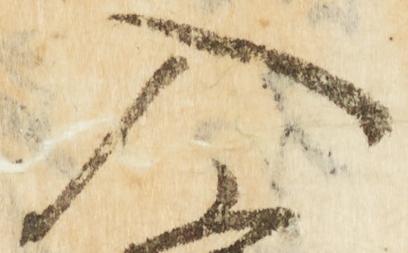
入